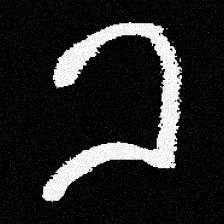
Pyu character \u2014 Myanmar letter: ခ (romanized: kha)